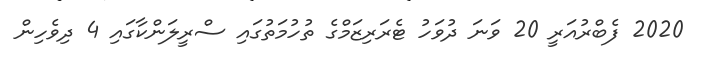
2020 ފެބްރުއަރީ 20 ވަނަ ދުވަހު ޓެރަރިޒަމްގެ ތުހުމަތުގައި ސްރީލަންކާގައި 4 ދިވެހިން